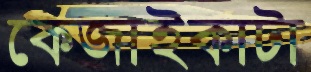
কেজাইকাটা